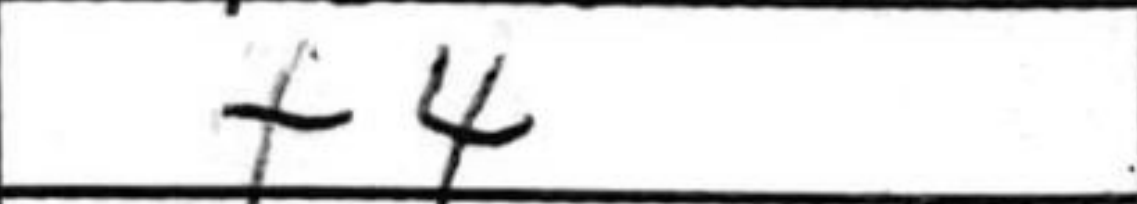
Transcription: f4